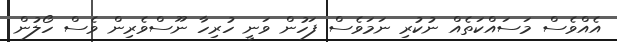
އެއްވެސް މަސައްކަތެއް ނުކުރި ނަމަވެސް ފަހުން ވަނީ ހުރިހާ ނޫސްވެރިން ވެސް ހޯލުން